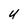
Character: U